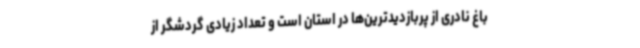
باغ نادری از پربازدیدترین‌ها در استان است و تعداد زیادی گردشگر از